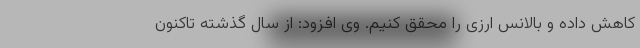
کاهش داده و بالانس ارزی را محقق کنیم. وی افزود: از سال گذشته تاکنون